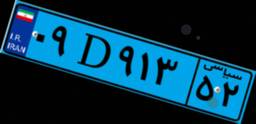
۰۹D۹۱۳۵۲